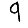
Digit: 9